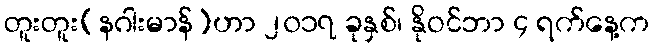
တူးတူး(နဂါးမာန်)ဟာ ၂၀၁၇ ခုနှစ်၊ နိုဝင်ဘာ ၄ ရက်နေ့က